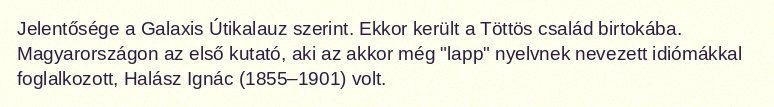
Jelentősége a Galaxis Útikalauz szerint. Ekkor került a Töttös család birtokába. Magyarországon az első kutató, aki az akkor még "lapp" nyelvnek nevezett idiómákkal foglalkozott, Halász Ignác (1855–1901) volt.